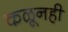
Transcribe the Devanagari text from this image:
कळूनही